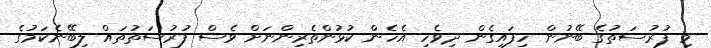
މި ފުރުސަތުގެ ބޭނުން ހިފައިގެން ދިވެހި އެހެން ކުޅުންތެރިންނަށް ވެސް ފުރުސަތުތައް ލިބޭނެކަމުގެ